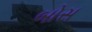
બોસ